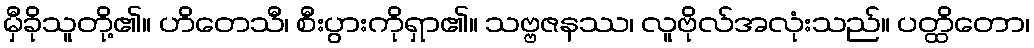
မှီခိုသူတို့၏။ ဟိတေသီ၊ စီးပွားကိုရှာ၏။ သဗ္ဗဇနဿ၊ လူဗိုလ်အလုံးသည်။ ပတ္ထိတော၊